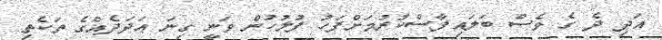
އަދި ދެ ގެ ވެސް ބަލައިފާސްކުރުމަށްފަހު ފުލުހުން ވަނީ ގިނަ ޢަދަދެއްގެ ތަކެތި